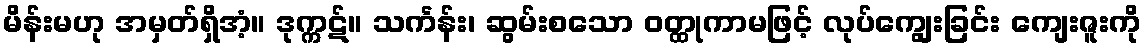
မိန်းမဟု အမှတ်ရှိအံ့။ ဒုက္ကဋ်။ သင်္ကန်း၊ ဆွမ်းစသော ဝတ္ထုကာမဖြင့် လုပ်ကျွေးခြင်း ကျေးဇူးကို